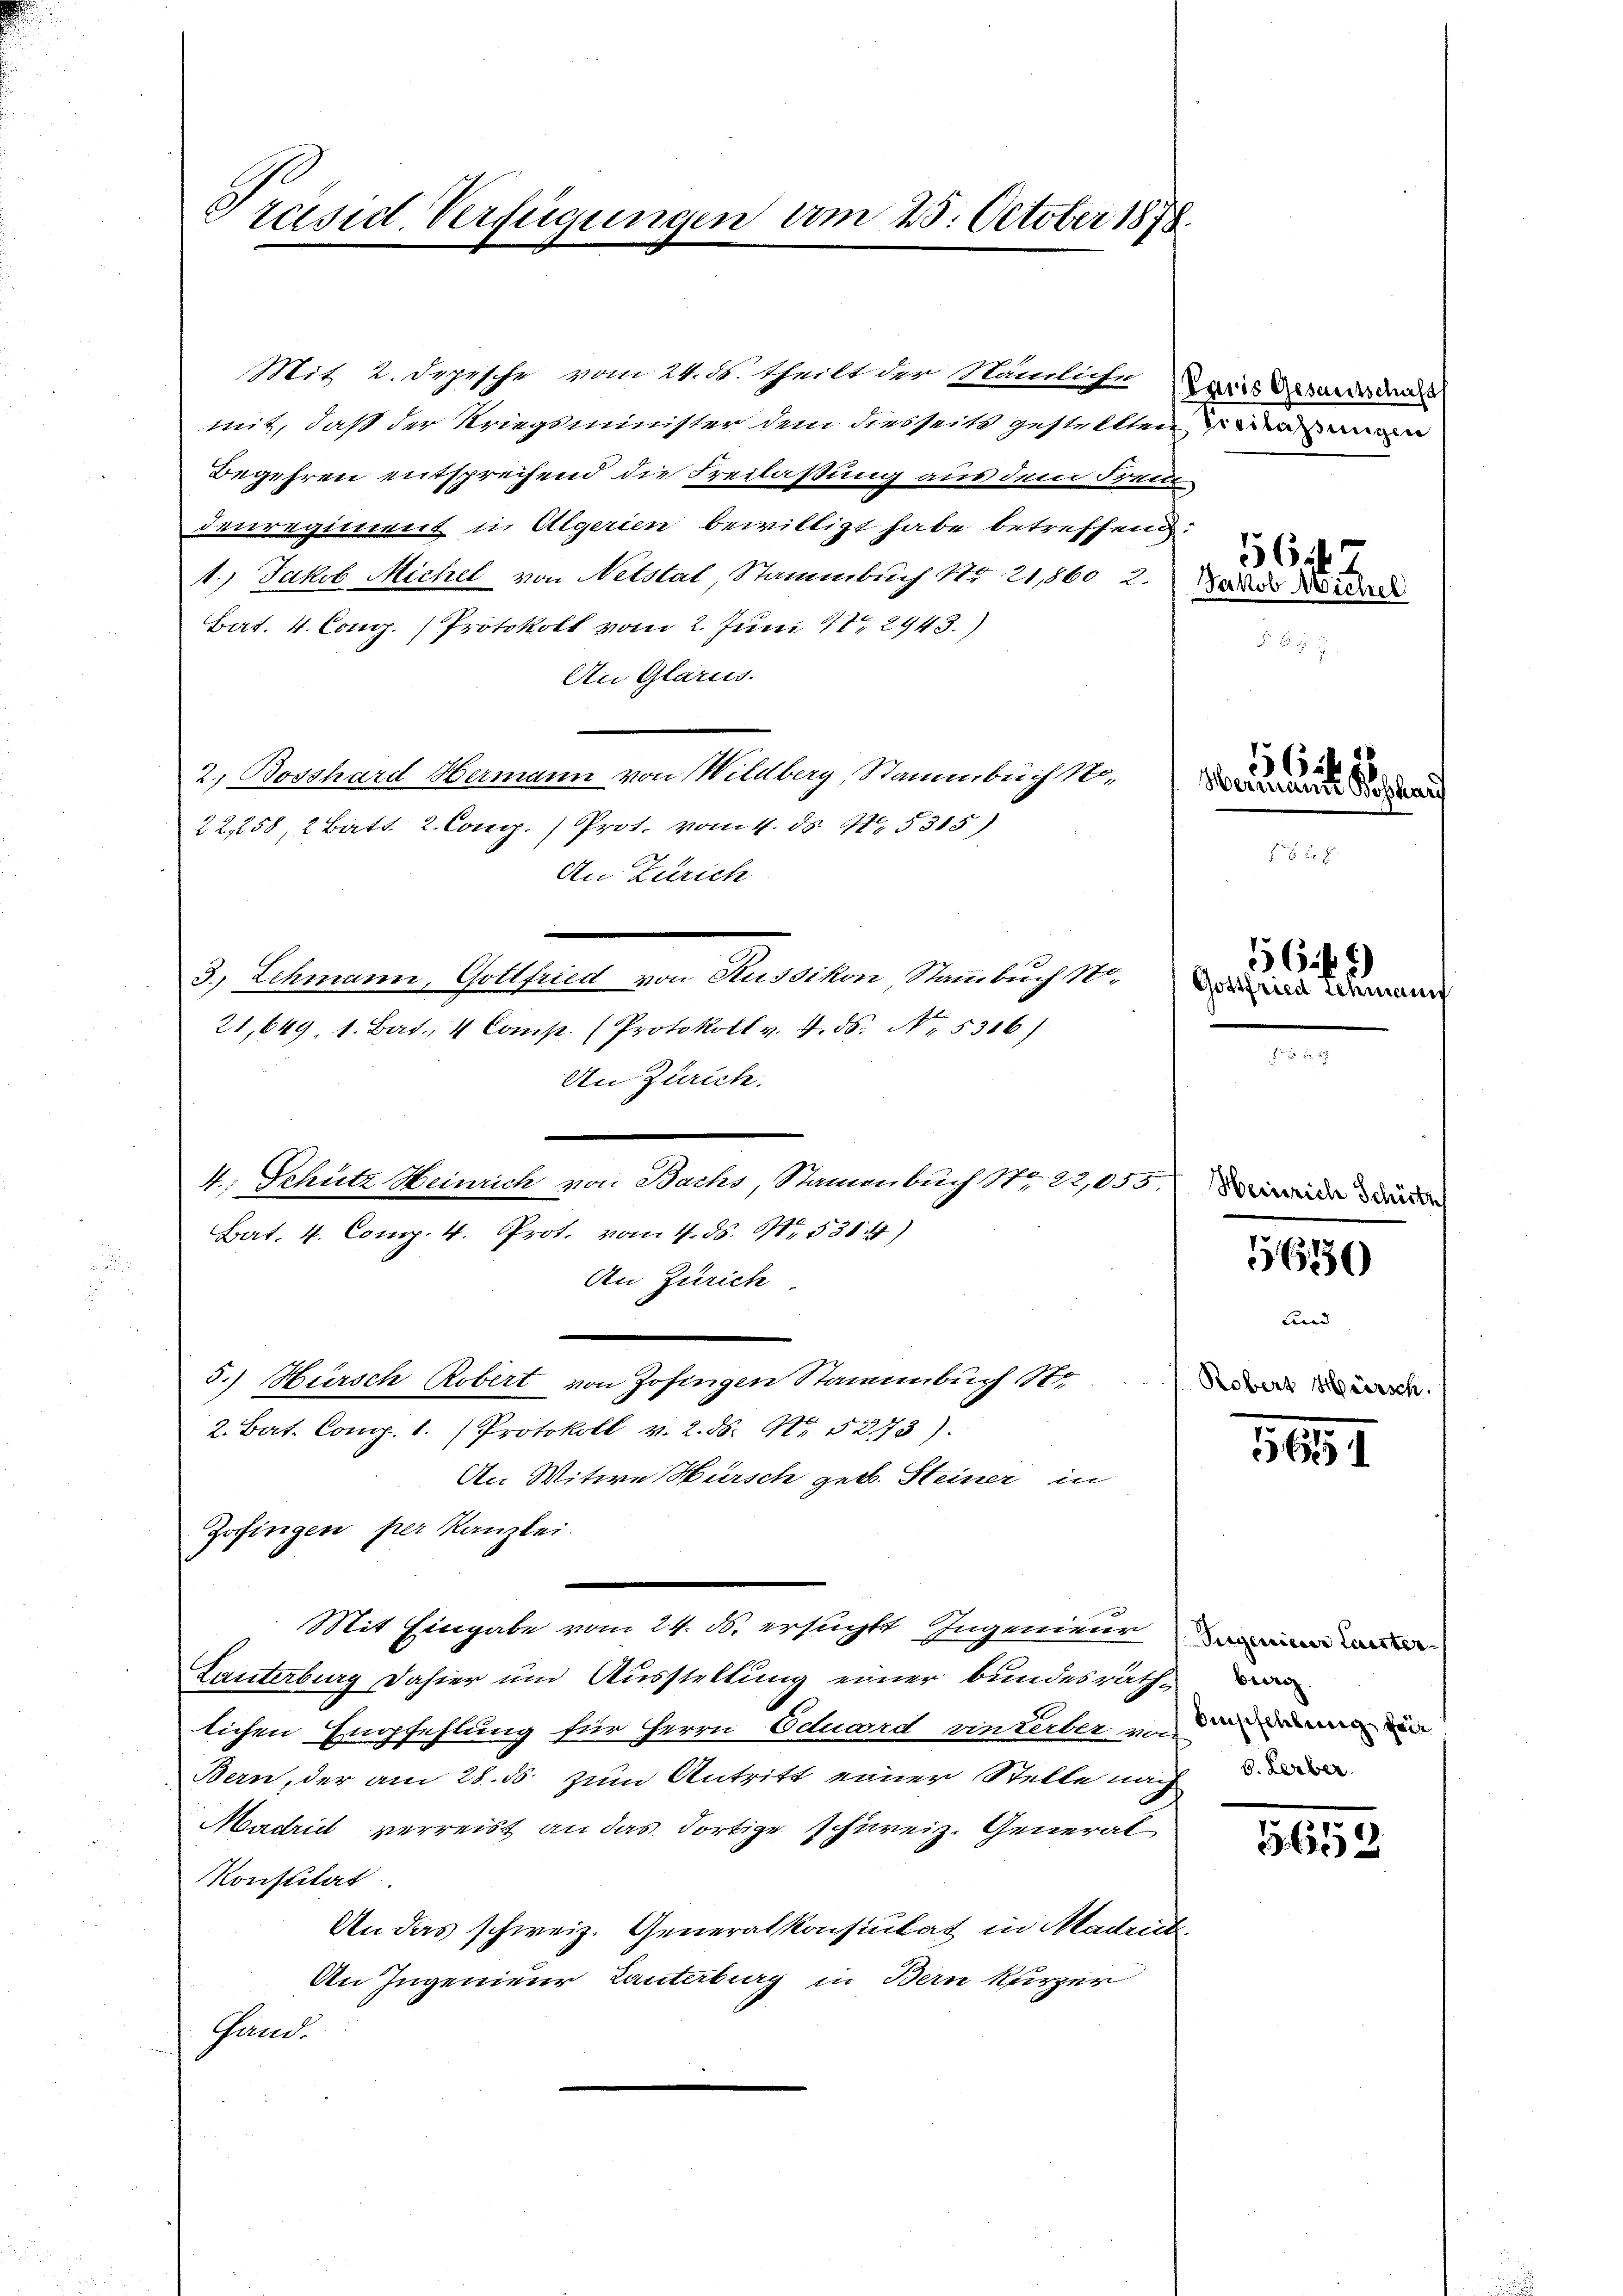
Präsid. Verfügungen vom 25. October 1878.

Mit 2. Depesche vom 24. ds. theilt der Nämliche Paris Gesardsdrass
mit, daß der Kriegsminister dem diesseits gestellten
Begehren entsprechend die Freilaßung aus den Treite
denregiment in Algerien bewilligt habe betreffend.
1.) Jakob Michel von Netstal, Stammbuch Nr. 21,8602.
Bat. 4. Cong. Protokoll vom 2. Juni 182943.)
An Glarus.
2. Bosshard Hermann von Wildberg, Stammbuch No¬
22, 258, 2 Batt 2. Comp.) Prot. vom 4. d. 11. 5315)
An Zürich
3.) Lehmann, Gottfried von Russikon Stammbuch No.
21,649, 1. Bat., 4 Comp. (Protokoll v. 4. ds. N. 5316)
An Zürich.
4., Schütz Heinrich von Bachs, Stammenbuch S. 22,055
Bat. 4. Comp. 4. Prot. vom 1. ds. 171. 538. 41)
An Zürich
5.) Hürsch Robert von Zofingen Stammbuch Str
2. Bat. Comp. 1. Protokoll v. 2. ds. S. 52173).
An Witwe Hursch geb. Steiner in
Zofingen per Kanzlei.
Mit Eingabe vom 24. ds. ersuchte Ingenieur
Lanterburg dahier und Ausstellung einer bundesrath
lichen Empfehlung für Herrn Eduard einterber in der den der
Bern, der am 28. ds zum Antritt einer Stelle nach
Mactrict verreist an das dortige schweiz. General¬
Konstitat.
An das schweiz. Generalkonsulat in Madrük
An Ingenieur Tanterburg in Bern kurzer
Hand.

Vieilassungen

Hermann

5647
Jakob Wichel

56

Gottfried Schman

56 f 2

Heinrich Schütz

566)

Robers Hürsch.

5154

5. Lerber.

5658